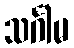
သင်္ဂါမ